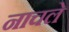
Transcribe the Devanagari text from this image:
नाचले